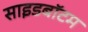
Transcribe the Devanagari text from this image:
साइडबॉटम